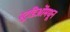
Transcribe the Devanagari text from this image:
स्टुडिओंमधून